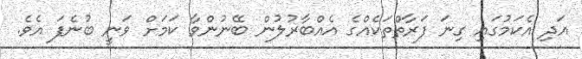
އަދި އެކަމުގައި ގިނަ ފަރާތްތަކެއްގެ އެއްބާރުލުން ބޭނުންވާ ކަމަށް ވަނީ ބުނެފަ އެވެ.